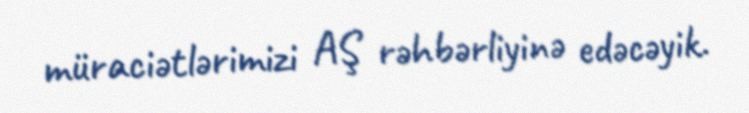
müraciətlərimizi AŞ rəhbərliyinə edəcəyik.